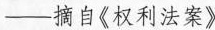
——摘自《权利法案》